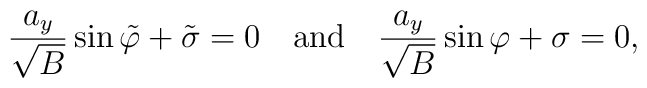
\frac{a_y}{\sqrt B}\sin\tilde\varphi+\tilde\sigma=0 \mbox{\ \ \ and\ \ \ }\frac{a_y}{\sqrt B}\sin\varphi+\sigma=0,